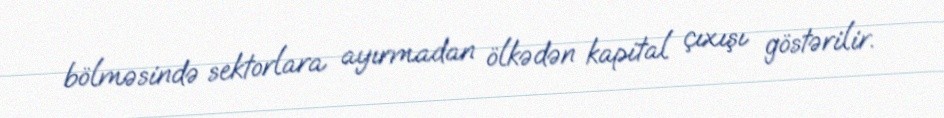
bölməsində sektorlara ayırmadan ölkədən kapital çıxışı göstərilir.